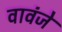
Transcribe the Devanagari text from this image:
वावंजे